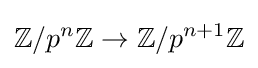
\mathbb {Z} /p^{n}\mathbb {Z} \rightarrow \mathbb {Z} /p^{n+1}\mathbb {Z}